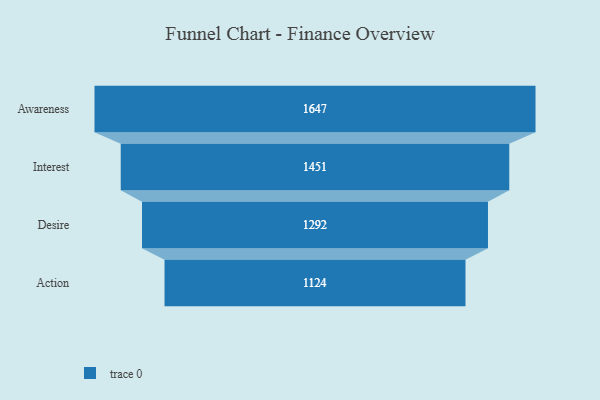
{"axis": {"x": "Stage", "y": "Value"}, "legend": [""], "data": [{"x": "Awareness", "y": 1647.0, "type": ""}, {"x": "Interest", "y": 1451.0, "type": ""}, {"x": "Desire", "y": 1292.0, "type": ""}, {"x": "Action", "y": 1124.0, "type": ""}]}